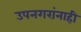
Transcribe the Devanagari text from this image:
उपनगरांनाही